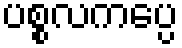
ပစ္စလကပ္ပေ